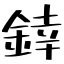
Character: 﨨